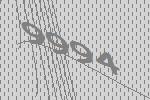
9994